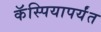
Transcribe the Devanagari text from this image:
कॅस्पियापर्यंत